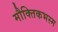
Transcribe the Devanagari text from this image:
मौक्तिकभस्म